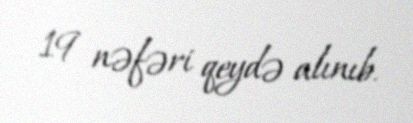
19 nəfəri qeydə alınıb.